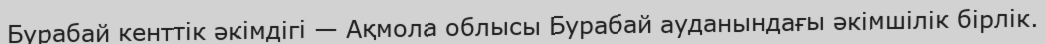
Бурабай кенттік әкімдігі — Ақмола облысы Бурабай ауданындағы әкімшілік бірлік.